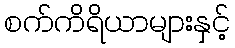
စက်ကိရိယာများနှင့်